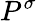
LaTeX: P^{\sigma}